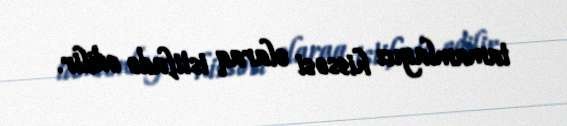
tamamlayıcı hissəsi olaraq istifadə edilir.